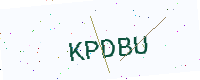
Text: KPDBU